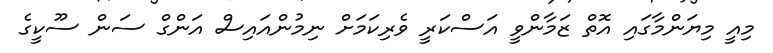
މިއީ މިޔަންމާގައި އޮތް ޒަމާންވީ އަސްކަރީ ވެރިކަމަށް ނިމުންއައިސް އަންގް ސަން ސޫކީގެ